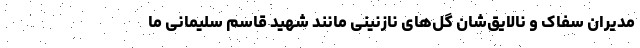
مدیران سفاک و نالایق‌شان گل‌های نازنینی مانند شهید قاسم سلیمانی ما